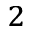
^ { 2 }